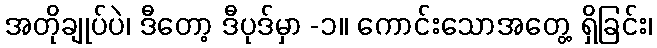
အတိုချုပ်ပဲ၊ ဒီတော့ ဒီပုဒ်မှာ -၁။ ကောင်းသောအတွေ့ ရှိခြင်း၊